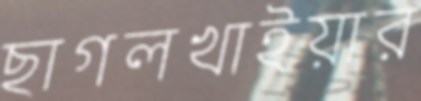
ছাগলখাইয়ার